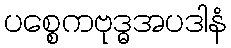
ပစ္စေကဗုဒ္ဓအပဒါနံ